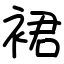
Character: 裙